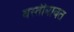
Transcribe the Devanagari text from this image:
वस्तीबाबत